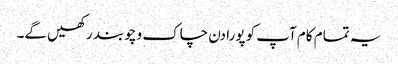
یہ تمام کام آپ کو پورا دن چاک و چوبند رکھیں گے۔